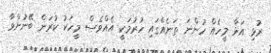
ރުޅި އަޅާ މީހެއް ހުންނަ ތަނެއްގައި ހުރުމަކީ އެއްވެސް މީހަކު ކުރަން ބޭނުންވާ